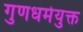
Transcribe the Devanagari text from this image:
गुणधर्मयुक्त